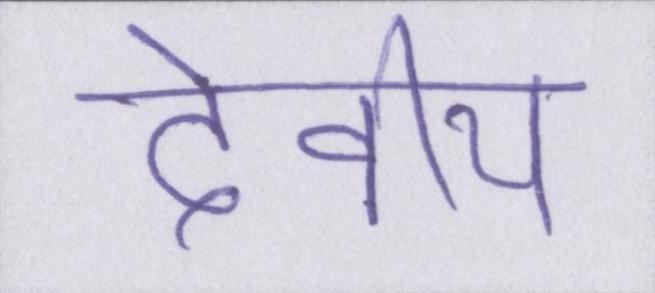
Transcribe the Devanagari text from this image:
देवीय